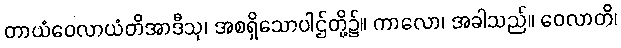
တာယံဝေလာယံတိအာဒီသု၊ အစရှိသောပါဌ်တို့၌။ ကာလော၊ အခါသည်။ ဝေလာတိ၊